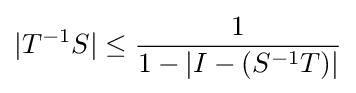
|T^{-1}S|\leq {\frac {1}{1-|I-(S^{-1}T)|}}